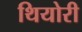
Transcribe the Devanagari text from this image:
थियोरी